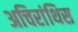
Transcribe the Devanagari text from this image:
अचिरांथिस